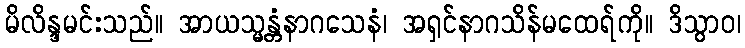
မိလိန္ဒမင်းသည်။ အာယသ္မန္တံနာဂသေနံ၊ အရှင်နာဂသိန်မထေရ်ကို။ ဒိသွာဝ၊